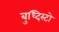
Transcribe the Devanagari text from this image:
बुध्दिस्टो